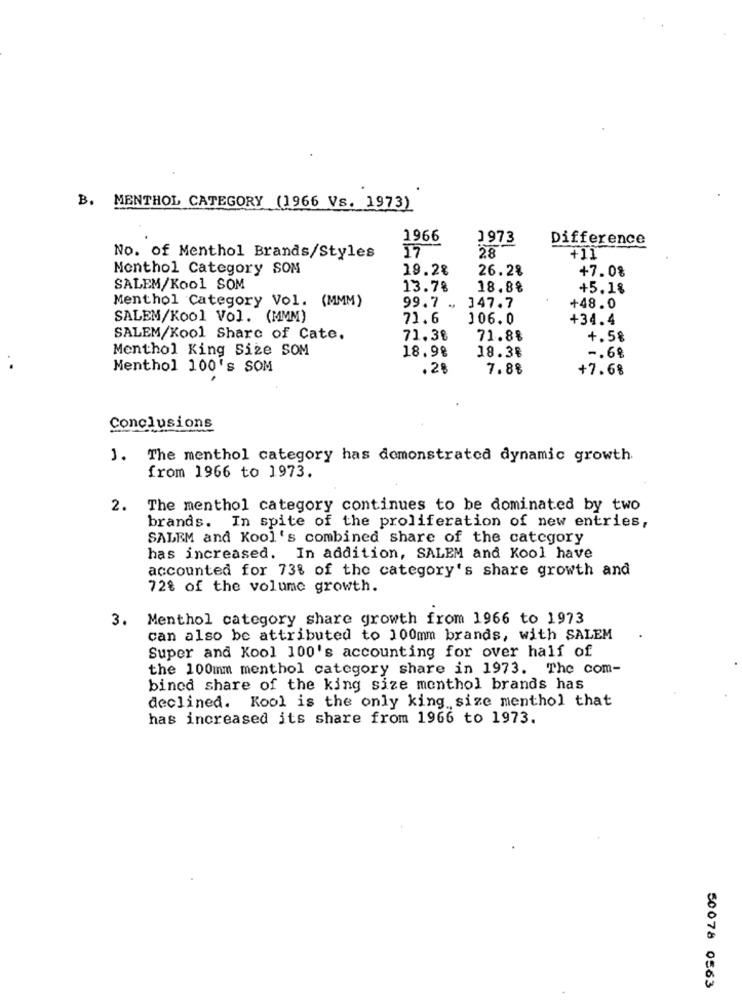
B. MENTHOL CATEGORY (1966 Vs. 1973)
1966
1973
Difference
17
No. of Menthol Brands/Styles
28
+11
Menthol Category SOM
19.2%
26.28
+7.0%
SALEM/Kool SOM
13.78
18.8%
+5.1%
Menthol Category Vol. (MMM)
99.7 .
347.7
+48.0
SALEM/Kool Vol. (MMM)
71.6
106.0
+34.4
SALEM/Kool Share of Cate.
71.3₺
71.88
+.58
Menthol King Size SOM
18.98
18.3฿
-. 69
Menthol 100's SOM
.28
7.88
+7.6%
Conclusions
1. The menthol category has demonstrated dynamic growth.
from 1966 to 1973.
2. The menthol category continues to be dominated by two
brands. In spite of the proliferation of new entries,
SALEM and Kool's combined share of the category
has increased. In addition, SALEM and Kool have
accounted for 73% of the category's share growth and
72% of the volume growth.
3.
Menthol category share growth from 1966 to 1973
can also be attributed to 100mm brands, with SALEM
Super and Kool 100's accounting for over half of
the 100mm menthol category share in 1973. The com-
bined share of the king size monthol brands has
declined. Kool is the only king size menthol that
has increased its share from 1966 to 1973.
50078 0563